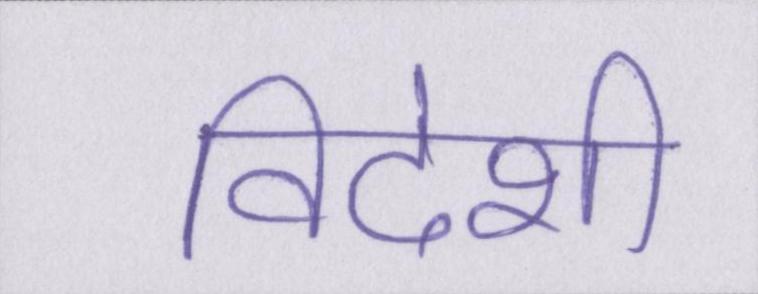
विदेशी